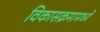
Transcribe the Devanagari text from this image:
विकासक्रमामध्ये